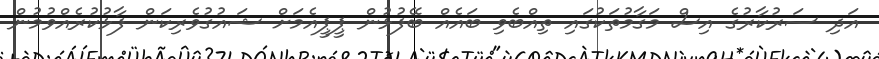
އަދި ސަރުކާރުގެ އިސް މަގާމުތަކުގައި ތިއްބެވި ބައެއް ބޭފުޅުން ޕީޕީއެމަށް ޝައުގުވެރިކަން ފާޅުކުރެއްވުމުން